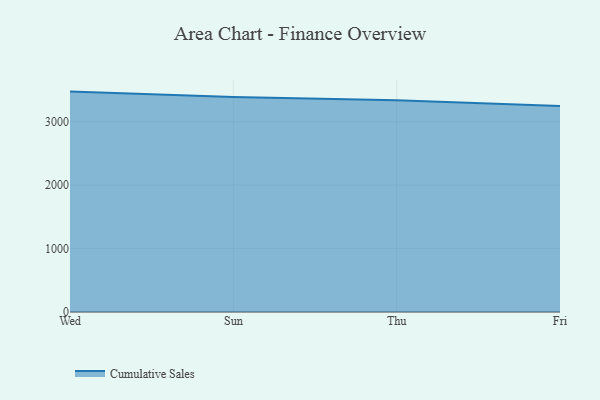
{"axis": {"x": "Day", "y": "Churn Rate (%)"}, "legend": ["Cumulative Sales"], "data": [{"x": "Wed", "y": 3474.7, "type": "Cumulative Sales"}, {"x": "Sun", "y": 3387.6, "type": "Cumulative Sales"}, {"x": "Thu", "y": 3337.8, "type": "Cumulative Sales"}, {"x": "Fri", "y": 3248.0, "type": "Cumulative Sales"}]}